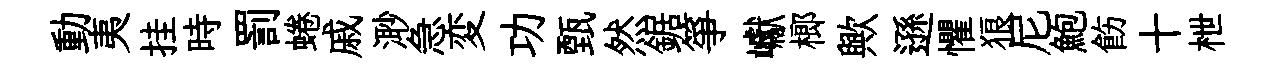
動夷挂時罰蜷戚𣺌急変功甄然鋸箏巘榔歟遜懼狼尼鮑飭十枻